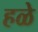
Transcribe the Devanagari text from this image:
हळे